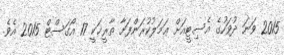
2015 ވަނަ ދުވަހުގެ އެސިޓީއަށް ޢަމަލުކުރަންފަށާ ތާރީޚަކީ 17 އޯގަސްޓް 2015 އެވެ.